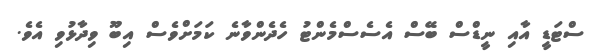
ސްޓަޑީ އާއި ނީޑްސް ބޭސް އެސެސްމެންޓު ހެދެންވާނެ ކަމަށްވެސް އިބޫ ވިދާޅުވި އެވެ.